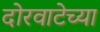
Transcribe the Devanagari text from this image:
दोरवाटेच्या